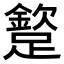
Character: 𨅠